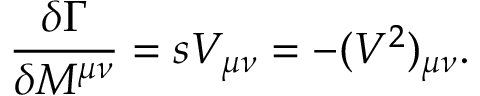
{ \frac { \delta \Gamma } { \delta M ^ { \mu \nu } } } = s V _ { \mu \nu } = - ( V ^ { 2 } ) _ { \mu \nu } .